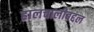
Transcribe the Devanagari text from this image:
हालचालीबद्दल